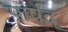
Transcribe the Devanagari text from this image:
पार्षद्